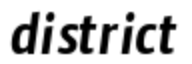
district